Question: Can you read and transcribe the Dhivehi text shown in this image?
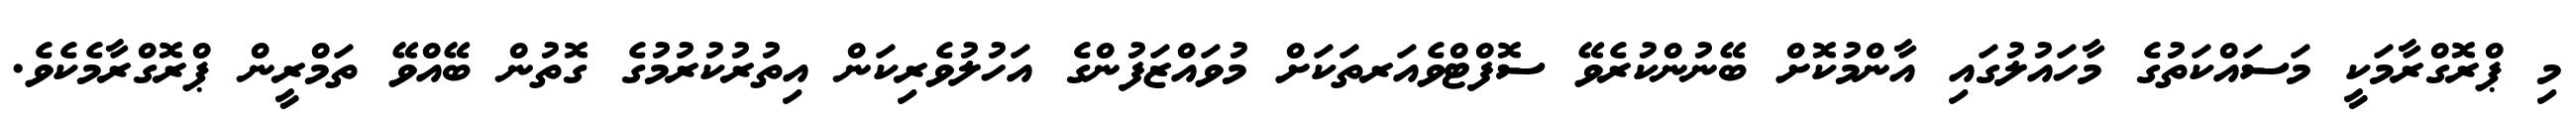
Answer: މި ޕްރޮގްރާމަކީ މަސައްކަތުގެ މާހައުލުގައި އާންމުކޮށް ބޭނުންކުރެވޭ ސޮފްޓްވެއަރތަކަށް މުވައްޒަފުންގެ އަހުލުވެރިކަން އިތުރުކުރުމުގެ ގޮތުން ބޭއްވޭ ތަމްރީން ޕްރޮގްރާމެކެވެ.